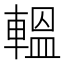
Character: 轀